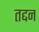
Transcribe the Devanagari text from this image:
तद्दन